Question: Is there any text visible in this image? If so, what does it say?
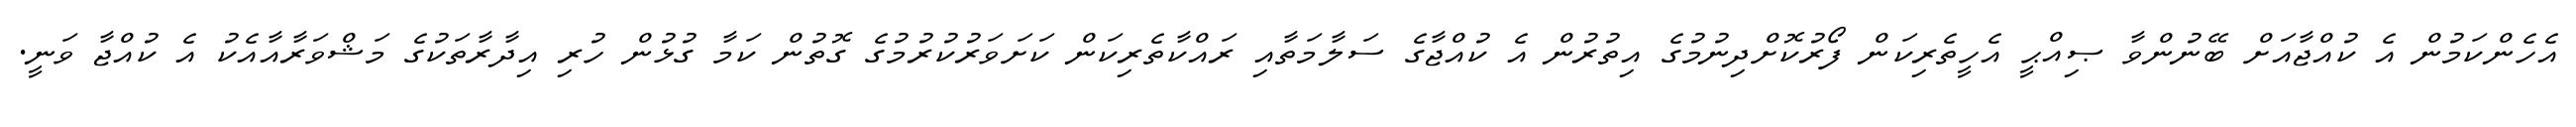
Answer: އެހެންކަމުން އެ ކުއްޖާއަށް ބޭނުންވާ ޞިއްޙީ އެހީތެރިކަން ފޯރުކޮށްދިނުމުގެ އިތުރުން އެ ކުއްޖާގެ ސަލާމަތާއި ރައްކާތެރިކަން ކަށަވަރުކުރުމުގެ ގޮތުން ކަމާ ގުޅުން ހުރި އިދާރާތަކުގެ މަޝްވަރާއާއެކު އެ ކުއްޖާ ވަނީ.